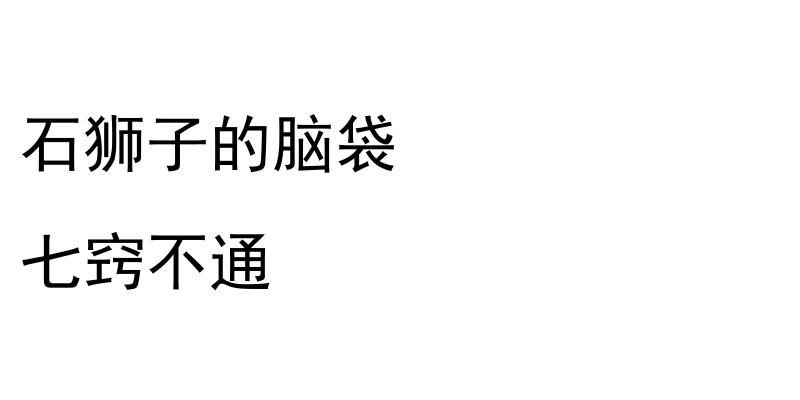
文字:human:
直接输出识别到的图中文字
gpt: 石狮子的脑袋 七窍不通